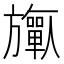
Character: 𬀟